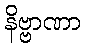
နိဗ္ဗာဏာ